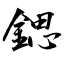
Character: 鍶